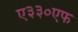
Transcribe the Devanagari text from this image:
ए३३०एफ